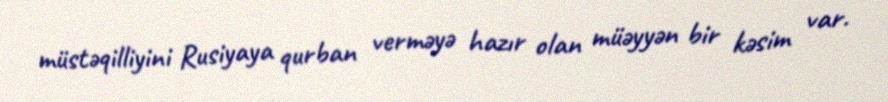
müstəqilliyini Rusiyaya qurban verməyə hazır olan müəyyən bir kəsim var.